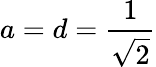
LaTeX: a=d={\frac{1}{\sqrt{2}}}